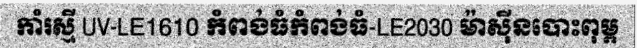
កាំរស្មី UV-LE1610 កំពង់ធំកំពង់ធំ-LE2030 ម៉ាស៊ីនបោះពុម្ព